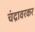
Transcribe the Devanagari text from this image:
चंद्रावरकर